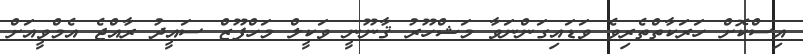
އިސްކޮށް ހަރަކާތްތެރިވެ ވަޑައިގަންނަވާ މަޝްހޫރު ޤާނޫނީ ވަކީލް މަހްފޫޒް ސައީދު ރާއްޖެ އެމްވީއަށް